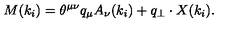
M ( k _ { i } ) = \theta ^ { \mu \nu } q _ { \mu } A _ { \nu } ( k _ { i } ) + q _ { \perp } \cdot X ( k _ { i } ) .